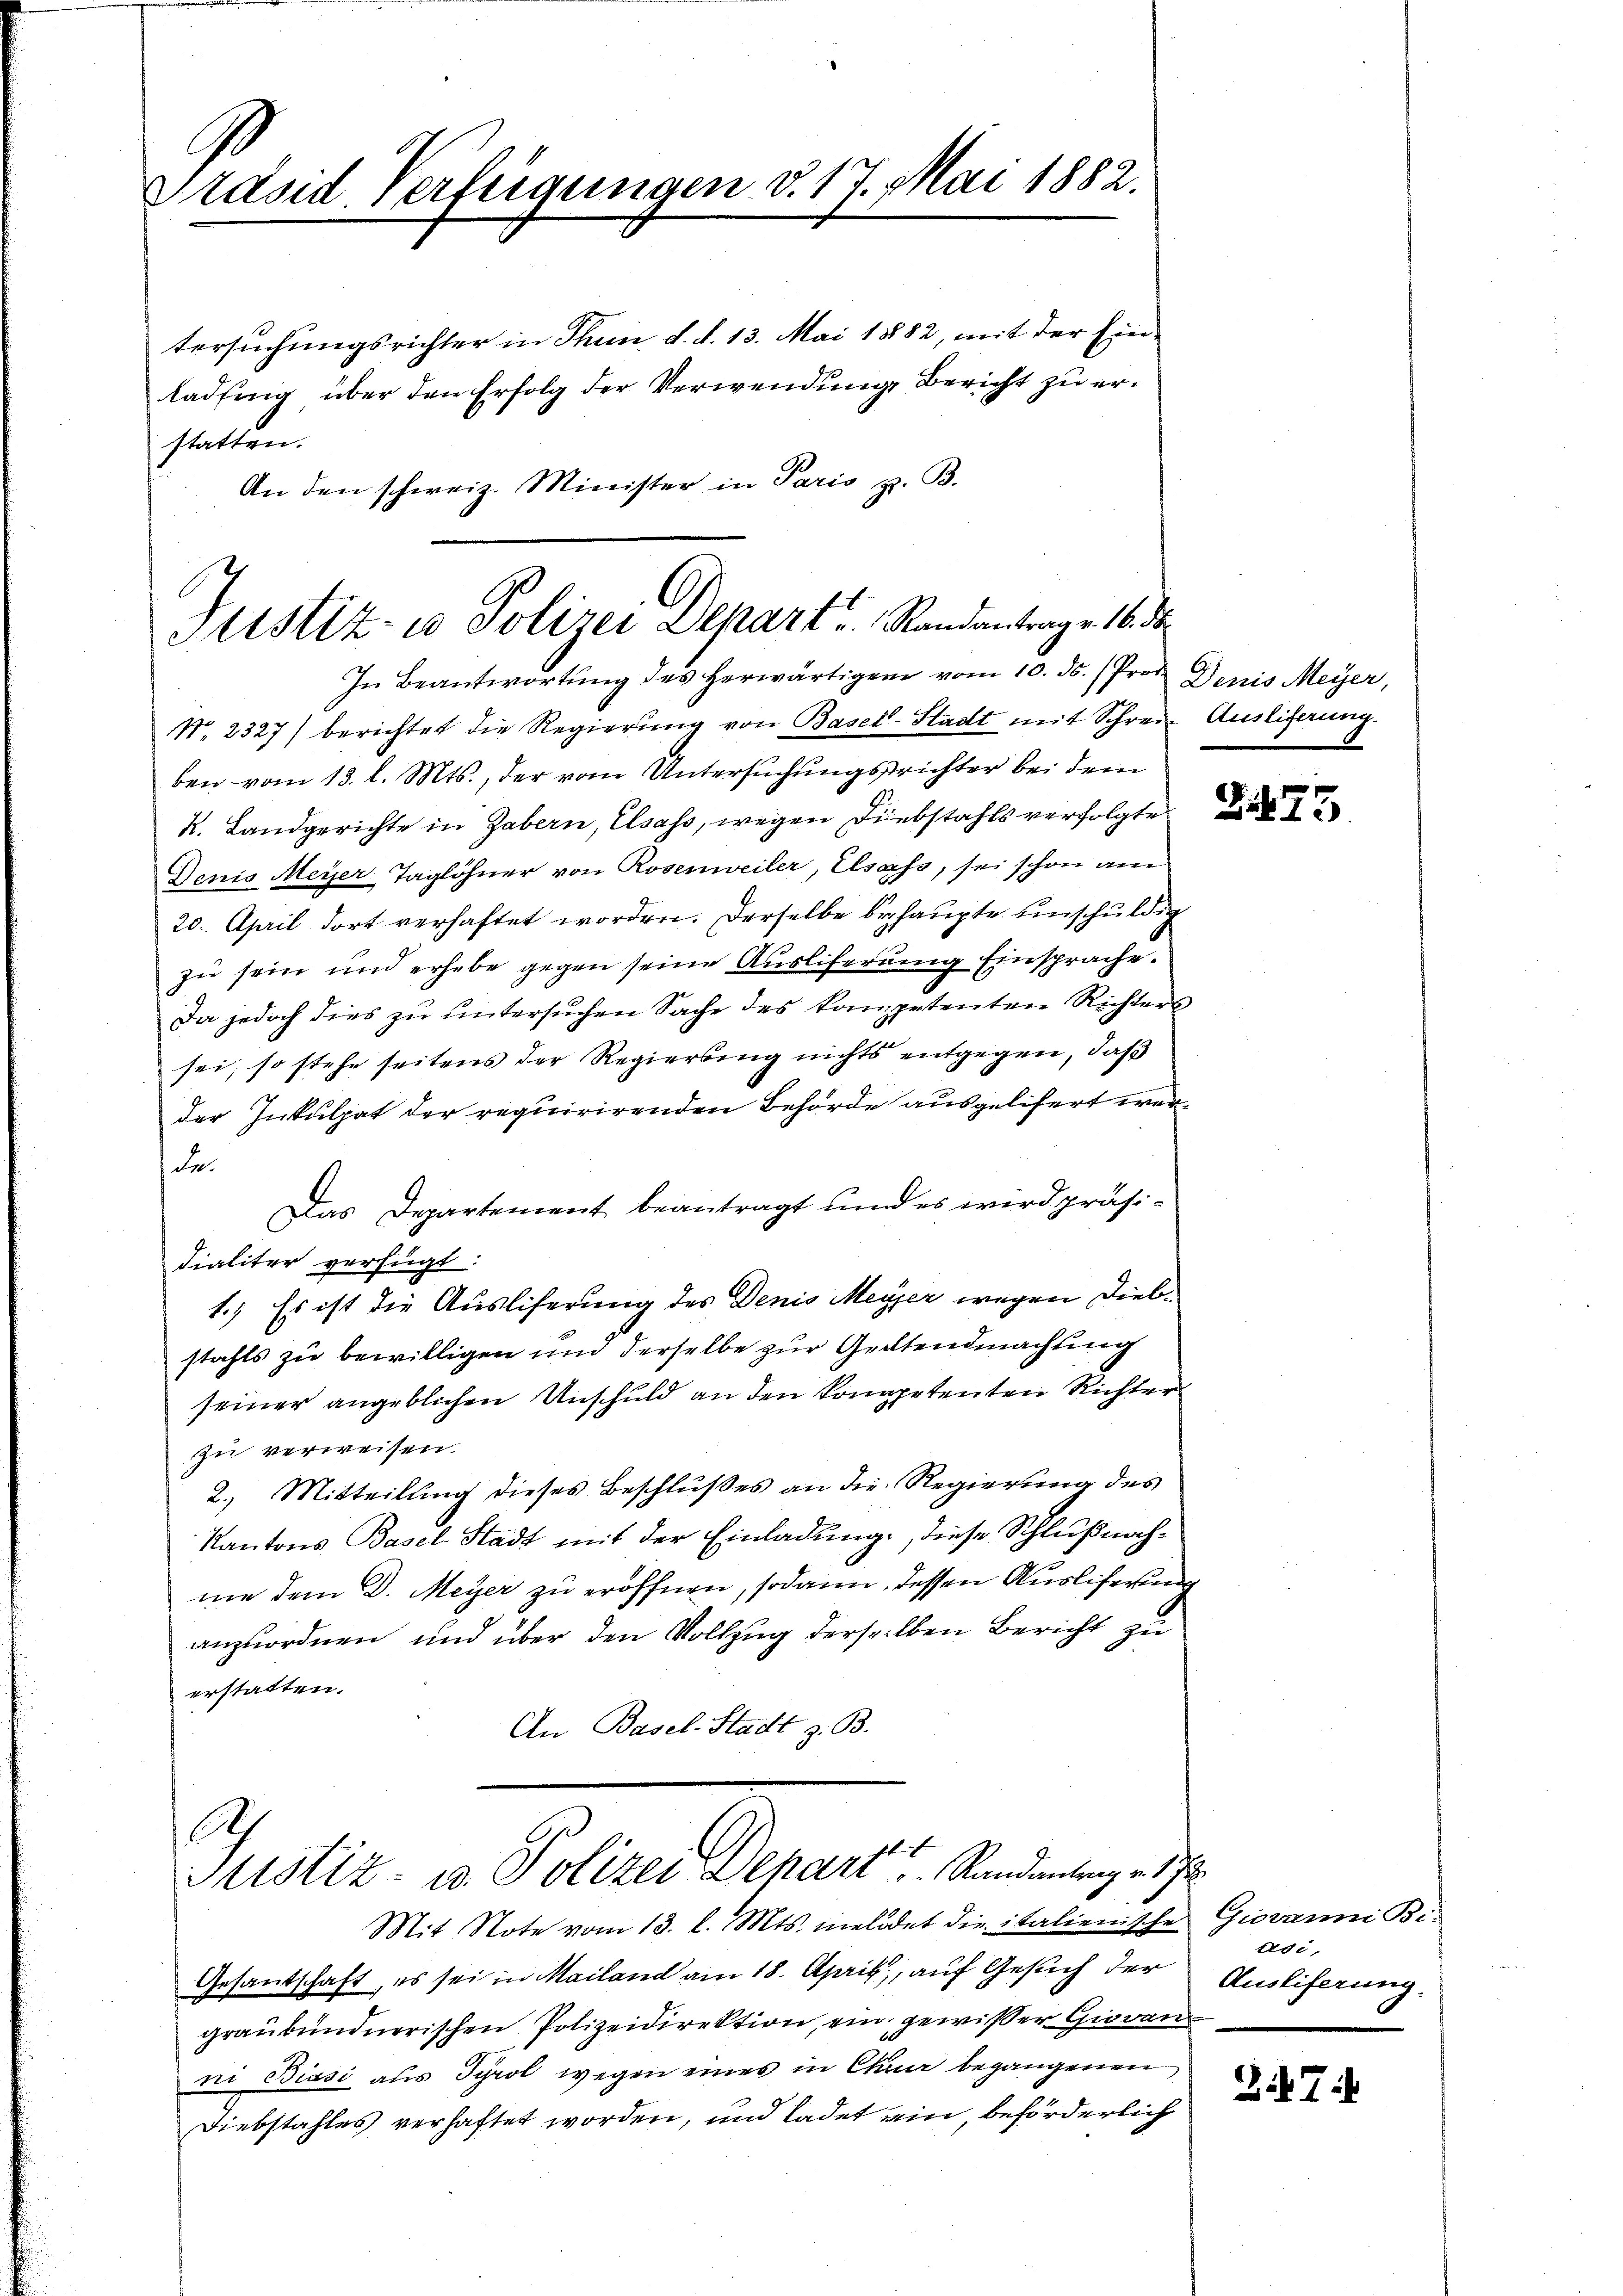
Präsid Verfügungen d. 17. Mai 1882.

tersuchungsrichter in Thun d. d. 13. Mai 1882, mit der Einladung über den Erfolg der Verwendung, Bericht zu erstatten.
An den schweiz. Minister in Paris z. B.

Justiz- u Polizei Depart. Randantrage 16. d.
In Beantwortung des herwärtigen vom 10. ds. (Pro Denis Meyer,

No. 2327) berichtet die Regierung von Basel-Stadt mit Schrei- Ausligerung.
ben vom 13. l. Mts., der vom Untersuchungsrichter bei dem
K. Landgerichte in Gabern, Elsass, wegen Diebstahls verfolgte
Denis Meyer Taglöhner von Rosenweiler, Elsass, sei schon am
20. April dort verhaftet worden. Derselbe behaupte unschuldig
zu sein und erhebe gegen seine Ausliferung Einsprache.
Da jedoch dies zŭ ŭntersŭchen Sache des kompetenten Richter
sei, so stehe seitens der Regierung nichts entgegen, daβ
der Inkulpat der requirirenden Behörde ausgelifert werde.
Das Departement beantragt und es wird präsidialiter verfügt:
1.) Es ist die Ausliferung des Denis Meyer wegen Diebstahls zu bewilligen und derselbe zur Geltendmachung
seiner angeblichen Unschuld an den kompetenten Richter
zu verweisen.
2. Mitteilung dieses Beschlußes an die Regierung des
Kantons Basel Stadt mit der Einladung, diese Schlußnahme dem D. Meyer zu eröffnen, sodann, dessen Ausliferung
anzuordnen und über den Vollzug derselben Bericht zu
erstatten.
An Basel-Stadt z. B.

Ach
Justiz- u. Polizei Schart, Randantrag v. 17
Mit Note vom 13. l. Mts. meldet die italienische Giovanni Bi-

Gesandschaft, es sei in Mailand am 18. April, auf Gesuch der
graubündnerischen Polizeidirektion, ein gewisser Giovanni Biasi aus Tyrol wegen eines in Chur begangenen
Diebstahles verhaftet worden, und ladet ein, beförderlich

tde
Ausliferung.

27: